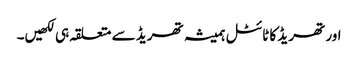
اور تھریڈ کا ٹائٹل ہمیشہ تھریڈ سے متعلقہ ہی لکھیں۔